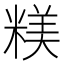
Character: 𥻙